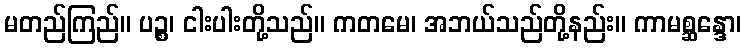
မတည်ကြည်။ ပဉ္စ၊ ငါးပါးတို့သည်။ ကတမေ၊ အဘယ်သည်တို့နည်း။ ကာမစ္ဆန္ဒော၊